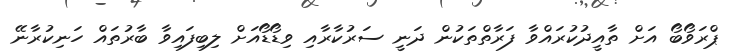
ޕްރަވޯބޯ އަށް ތާއީދުކުރައްވާ ފަރާތްތަކުން ދަނީ ސަރުކާރާއި ވިޑޯޑޯއަށް ލިބިފައިވާ ބާރުތައް ހަނިކުރާނޭ